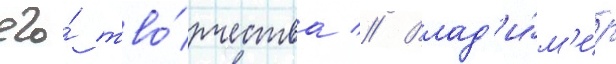
его́ тво́рчества // Влад'и́м'ир